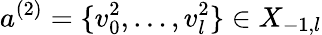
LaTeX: a^{(2)}=\{ v_{0}^{2},\ldots,v_{l}^{2}\} \in X_{-1,l}